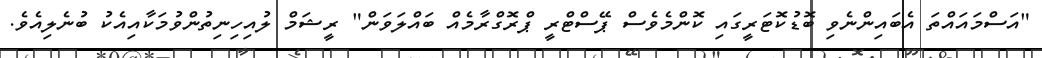
"އަސްމައައްތަ އެބައިންނެވި ބޮޑުކޮޓަރީގައި ކޮންމެވެސް ޕޭސްޓްރީ ޕްރޮގްރާމެއް ބައްލަވަން" ރީޝަމް ލުއިހިނިތުންވުމަކާއިއެކު ބުނެލިއެވެ.